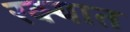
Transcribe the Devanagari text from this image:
रक्यात